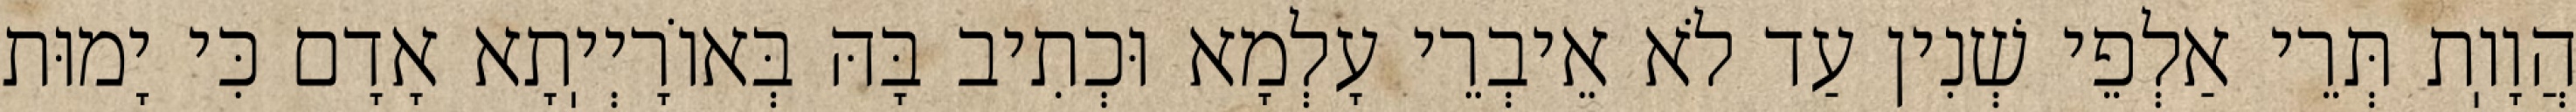
הֲוָוֽת תְּרֵי אַלְפֵי שְׁנִין עַד לֹא אֵיבְרֵי עָלְמָא וּכְתִיב בָּהּ בְּאוֹרָיְיֽתָא אָדָם כִּי יָמוּת